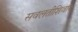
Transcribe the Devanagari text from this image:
सवलतीशिवाय